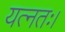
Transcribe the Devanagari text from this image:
यत्नतः।